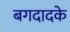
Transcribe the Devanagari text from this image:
बगदादके